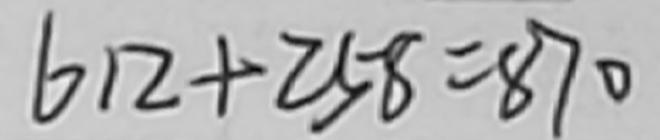
6 1 2 + 2 5 8 = 8 7 0